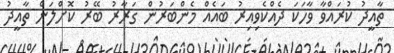
ތާއީދު ކުރައްވާ ވާހަކަ ދެއްކެވިއިރު ބައެއް މެންބަރުން ގަރާރު ބޭރު ކޮށްލަން ތާއީދު